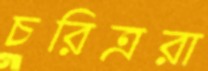
চরিত্ররা